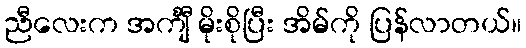
ညီလေးက အင်္ကျီ မိုးစိုပြီး အိမ်ကို ပြန်လာတယ်။